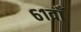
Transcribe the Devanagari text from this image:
६१वाँ